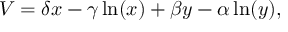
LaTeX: V = \delta x - \gamma \ln ( x ) + \beta y - \alpha \ln ( y ) ,